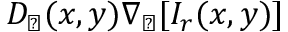
D _ { \perp } ( x , y ) \nabla _ { \perp } [ I _ { r } ( x , y ) ]